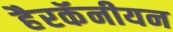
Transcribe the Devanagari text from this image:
हैरकॅनीयन